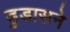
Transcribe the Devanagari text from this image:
डुडासने